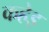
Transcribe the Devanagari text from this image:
कहेइ